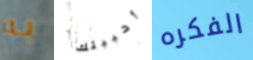
به أحببتك الفكره